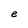
Character: e